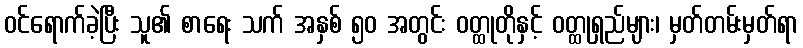
ဝင်ရောက်ခဲ့ပြီး သူ၏ စာရေး သက် အနှစ် ၅၀ အတွင်း ဝတ္ထုတိုနှင့် ဝတ္ထုရှည်များ၊ မှတ်တမ်းမှတ်ရာ